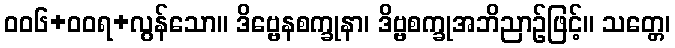
ဝဝ၆+ဝဝရ+လွန်သော။ ဒိဗ္ဗေနစက္ခုနာ၊ ဒိဗ္ဗစက္ခုအဘိညာဉ်ဖြင့်။ သတ္တေ၊